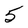
Character: 5